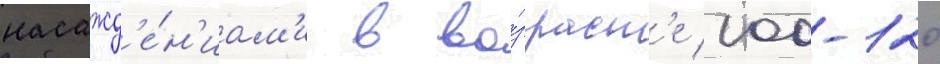
насажд'е́н'иам'и в во́зраст'е 100-120